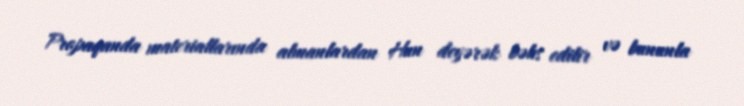
Propaqanda materiallarında almanlardan Hun deyərək bəhs edilir və bununla